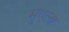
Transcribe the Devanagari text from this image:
मुएला